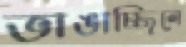
ভাঙাচ্ছিলে